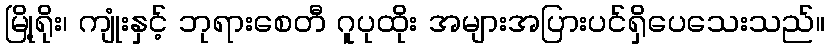
မြို့ရိုး၊ ကျုံးနှင့် ဘုရားစေတီ ဂူပုထိုး အများအပြားပင်ရှိပေသေးသည်။